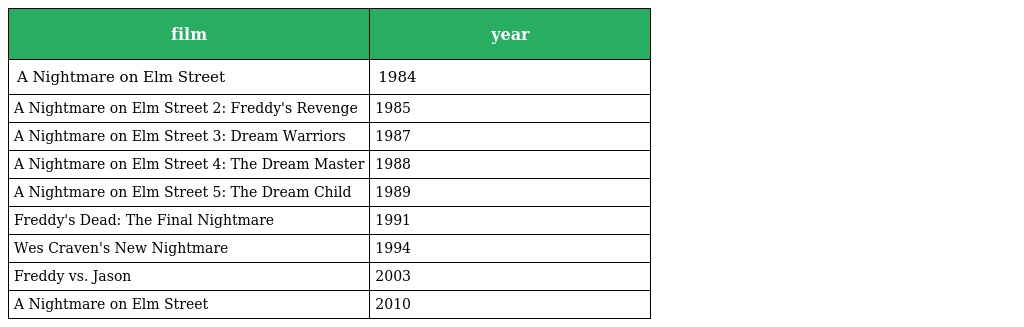
| film | year |
 | --- | --- |
 | A Nightmare on Elm Street | 1984 |
 | A Nightmare on Elm Street 2: Freddy's Revenge | 1985 |
 | A Nightmare on Elm Street 3: Dream Warriors | 1987 |
 | A Nightmare on Elm Street 4: The Dream Master | 1988 |
 | A Nightmare on Elm Street 5: The Dream Child | 1989 |
 | Freddy's Dead: The Final Nightmare | 1991 |
 | Wes Craven's New Nightmare | 1994 |
 | Freddy vs. Jason | 2003 |
 | A Nightmare on Elm Street | 2010 |